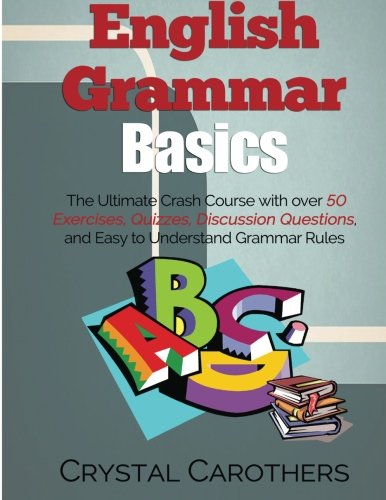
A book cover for English Grammar Basics: The Ultimate Crash Course with over 50 Exercises, Quizzes, Discussion Questions, and Easy to Understand Grammar Rules; Crystal Carothers; Test Preparation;